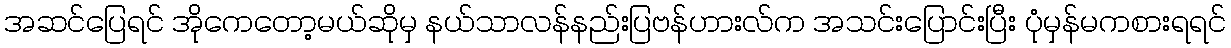
အဆင်ပြေရင် အိုကေတော့မယ်ဆိုမှ နယ်သာလန်နည်းပြဗန်ဟားလ်က အသင်းပြောင်းပြီး ပုံမှန်မကစားရရင်